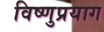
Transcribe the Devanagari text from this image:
विष्‍णुप्रयाग